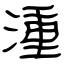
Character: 湩